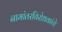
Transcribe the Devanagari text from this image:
नामांतरविरोधकांचे